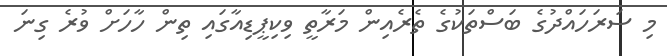
މި ސަރަހައްދުގެ ބަސްތަކުގެ ތެރެއިން މަރާތީ ވިކިޕީޑިއާގައި ތިން ހާހަށް ވުރެ ގިނަ